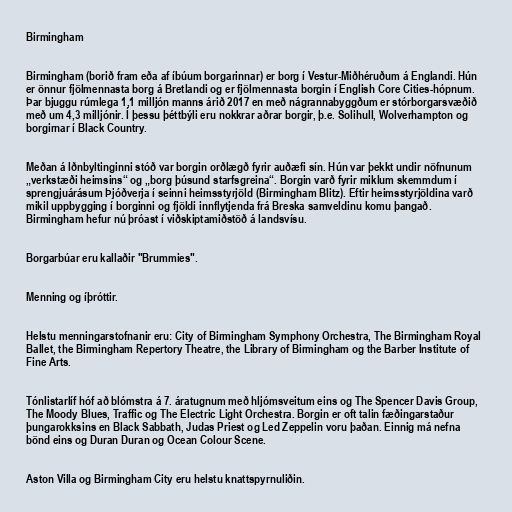
Birmingham

Birmingham (borið fram eða af íbúum borgarinnar) er borg í Vestur-Miðhéruðum á Englandi. Hún
er önnur fjölmennasta borg á Bretlandi og er fjölmennasta borgin í English Core Cities-hópnum.
Þar bjuggu rúmlega 1,1 milljón manns árið 2017 en með nágrannabyggðum er stórborgarsvæðið
með um 4,3 milljónir. Í þessu þéttbýli eru nokkrar aðrar borgir, þ.e. Solihull, Wolverhampton og
borgirnar í Black Country.

Meðan á Iðnbyltinginni stóð var borgin orðlægð fyrir auðæfi sín. Hún var þekkt undir nöfnunum
„verkstæði heimsins“ og „borg þúsund starfsgreina“. Borgin varð fyrir miklum skemmdum í
sprengjuárásum Þjóðverja í seinni heimsstyrjöld (Birmingham Blitz). Eftir heimsstyrjöldina varð
mikil uppbygging í borginni og fjöldi innflytjenda frá Breska samveldinu komu þangað.
Birmingham hefur nú þróast í viðskiptamiðstöð á landsvísu.

Borgarbúar eru kallaðir "Brummies".

Menning og íþróttir.

Helstu menningarstofnanir eru: City of Birmingham Symphony Orchestra, The Birmingham Royal
Ballet, the Birmingham Repertory Theatre, the Library of Birmingham og the Barber Institute of
Fine Arts.

Tónlistarlíf hóf að blómstra á 7. áratugnum með hljómsveitum eins og The Spencer Davis Group,
The Moody Blues, Traffic og The Electric Light Orchestra. Borgin er oft talin fæðingarstaður
þungarokksins en Black Sabbath, Judas Priest og Led Zeppelin voru þaðan. Einnig má nefna
bönd eins og Duran Duran og Ocean Colour Scene.

Aston Villa og Birmingham City eru helstu knattspyrnuliðin.